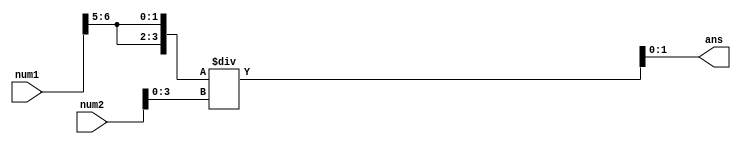
`timescale 1ns / 1ps

module lab1(
    num1, num2, ans
    );
    
    input [7:0] num1;
    input [7:0] num2;
    output [1:0] ans;
    wire [1:0] a;
    wire [5:0] b;
    wire [3:0] c;
    
    assign a=num1[6:5];
    assign b=num2[3:0];
    assign c={3{a}};
    assign ans=c/b;
    
endmodule